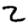
Digit: 2